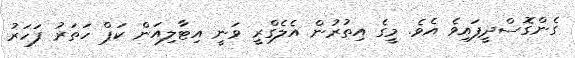
ގެންގޮސްދީފައިވެ އެވެ. މީގެ އިތުރުން އެލެގްރީ ވަނީ އިޓާލިއަން ކަޕް ހަތަރު ފަހަރު